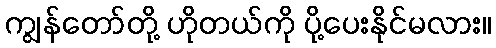
ကျွန်တော်တို့ ဟိုတယ်ကို ပို့ပေးနိုင်မလား။